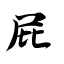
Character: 屁